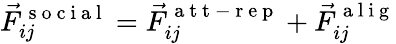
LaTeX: \vec{F}_{ij}^{\mathrm{~s~o~c~i~a~l~}}=\vec{F}_{ij}^{\mathrm{~a~t~t~-~r~e~p~}}+\vec{F}_{ij}^{\mathrm{~a~l~i~g~}}